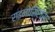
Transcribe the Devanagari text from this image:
राइनोसिरोस